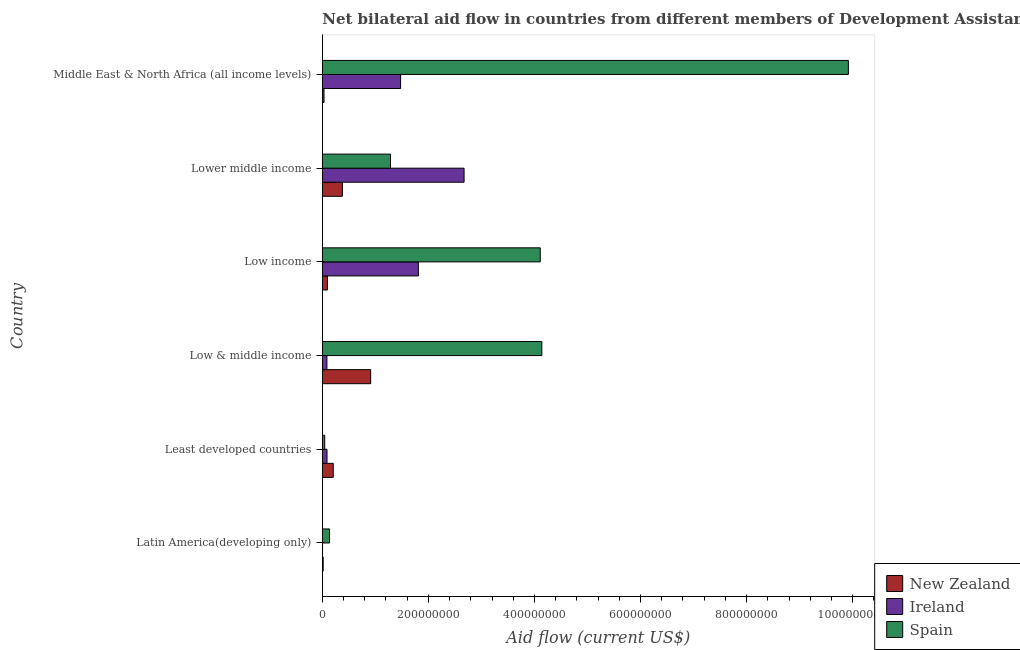
| Country | New Zealand | Ireland | Spain |
 | --- | --- | --- | --- |
 | Latin America(developing only) | 1.61e+06 | 3.7e+05 | 1.36e+07 |
 | Least developed countries | 2.06e+07 | 8.82e+06 | 4.51e+06 |
 | Low & middle income | 9.12e+07 | 8.66e+06 | 4.14e+08 |
 | Low income | 9.64e+06 | 1.81e+08 | 4.11e+08 |
 | Lower middle income | 3.79e+07 | 2.67e+08 | 1.29e+08 |
 | Middle East & North Africa (all income levels) | 3.16e+06 | 1.48e+08 | 9.92e+08 |